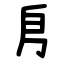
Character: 㐆